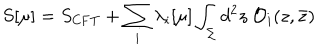
S [ \mu ] = S _ { \mathrm { C F T } } + \sum _ { i } \lambda _ { i } [ \mu ] \int _ { \Sigma } d ^ { 2 } z ~ { \cal O } _ { i } ( z , \bar { z } )